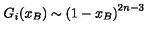
G _ { i } ( x _ { B } ) \sim \left( 1 - x _ { B } \right) ^ { 2 n - 3 }